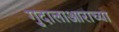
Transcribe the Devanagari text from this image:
गुदालाआराच्या